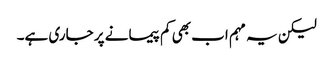
لیکن یہ مہم اب بھی کم پیمانے پر جاری ہے۔